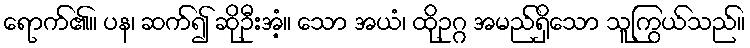
ရောက်၏။ ပန၊ ဆက်၍ ဆိုဦးအံ့။ သော အယံ၊ ထိုဥဂ္ဂ အမည်ရှိသော သူကြွယ်သည်။